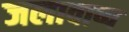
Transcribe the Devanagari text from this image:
जलावाष्प